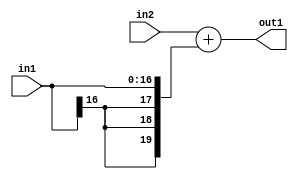
`timescale 1ps / 1ps
/*****************************************************************************
    Verilog RTL Description
    
    
    Created by: Stratus DpOpt 2019.1.01 
*******************************************************************************/

module SobelFilter_Add_20Sx17S_20S_1 (
	in2,
	in1,
	out1
	); /* architecture "behavioural" */ 
input [19:0] in2;
input [16:0] in1;
output [19:0] out1;
wire [19:0] asc001;

assign asc001 = 
	+(in2)
	+({{3{in1[16]}}, in1});

assign out1 = asc001;
endmodule

/* CADENCE  ubPyTwk= : u9/ySgnWtBlWxVPRXgAZ4Og= ** DO NOT EDIT THIS LINE ******/